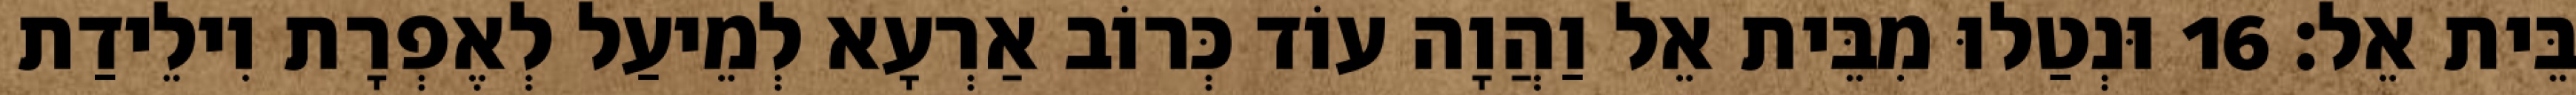
בֵּית אֵל׃ 16 וּנְטַלוּ מִבֵּית אֵל וַהֲוָה עוֹד כְּרוֹב אַרְעָא לְמֵיעַל לְאֶפְרָת וִילֵידַת